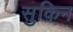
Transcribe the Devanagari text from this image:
सुकिन